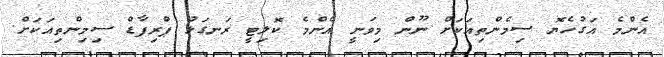
އެންމެ އަގުހެޔޮ ސިމެންތިއަކަށް ނޫން މިވަނީ އެންމެ ކޮލިޓީ ރަނގަޅު ޕްރިފާޑް ސިމިންތިއަކަށް.